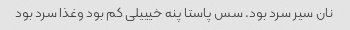
نان سیر سرد بود. سس پاستا پنه خیییلی کم بود وغذا سرد بود